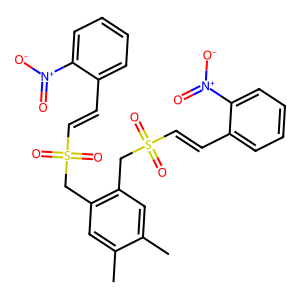
SMILES: Cc1cc(CS(=O)(=O)C=Cc2ccccc2[N+](=O)[O-])c(CS(=O)(=O)C=Cc2ccccc2[N+](=O)[O-])cc1C
Inhibits HIV replication: No